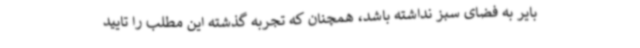
بایر به فضای سبز نداشته باشد، همچنان که تجربه گذشته این مطلب را تایید